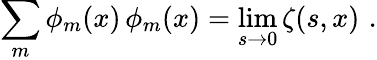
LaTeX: \sum_{m}\phi_{m}(x)\, \phi_{m}(x)=\operatorname*{lim}_{s\rightarrow 0}\zeta(s,x)\, \, .